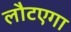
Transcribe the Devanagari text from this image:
लौटएगा